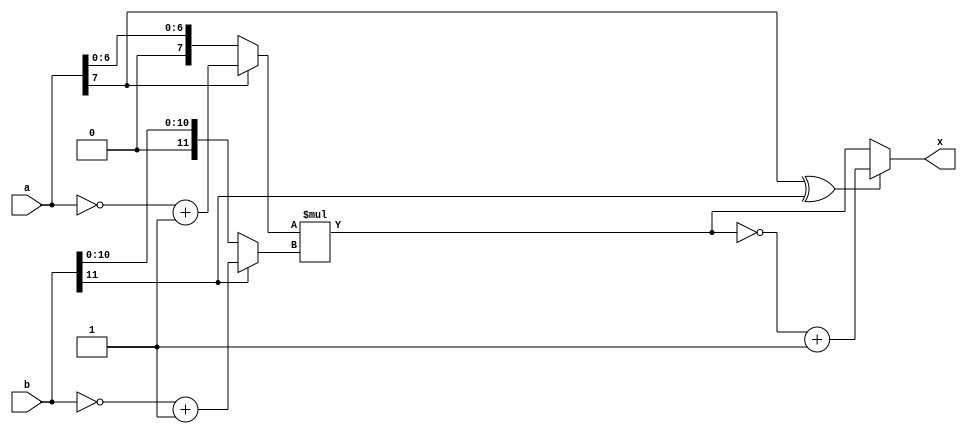

module lib_mult8M12 (
				a,
				b,

				x
				);

parameter Na = 8;		// Input bit width for "a"
parameter Nb = 12;		// Input bit width for "b"
parameter Nx = Na + Nb;	// Output bit width for "x"

input	[Na-1:0]	a;
input	[Nb-1:0]	b;

output	[Nx-1:0]	x;

/********************************************************************/
/*                        Original Function							*/
/********************************************************************/

	function [Nx-1:0]	S_MUL;
		input [Na-1:0]	a;
		input [Nb-1:0]	b;
		reg [Na-1:0]	ABSa;
		reg [Nb-1:0]	ABSb;
		reg				SIGN;
		reg [Nx-1:0]	MUL;
		begin
		//absolute element for "a"
			if(a[Na-1])
				ABSa = ~a + 1;	//negative entry
			else
				ABSa = a;		//positive entry
		//absolute element for "b"
			if(b[Nb-1])
				ABSb = ~b + 1;	//negative entry
			else
				ABSb = b;		//positive entry
		//absolute multiplication
			MUL = ABSa * ABSb;
		//sign judgment
			SIGN = a[Na-1]^b[Nb-1];
			if(SIGN)
				S_MUL = ~MUL + 1;	//negative entry
			else
				S_MUL = MUL;		//positive entry
		end
	endfunction

	assign x = S_MUL(a,b);

endmodule